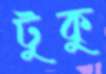
টুকু